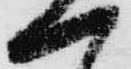
一